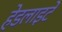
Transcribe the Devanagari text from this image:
हेडलाइटें